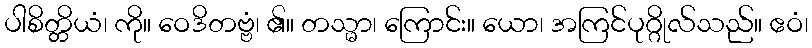
ပါစိတ္တိယံ၊ ကို။ ဝေဒိတဗ္ဗံ၊ ၏။ တသ္မာ၊ ကြောင်း။ ယော၊ အကြင်ပုဂ္ဂိုလ်သည်။ ဧဝံ၊